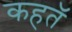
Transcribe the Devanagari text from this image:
कहतॅ